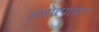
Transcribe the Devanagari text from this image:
अन्नोत्पादन